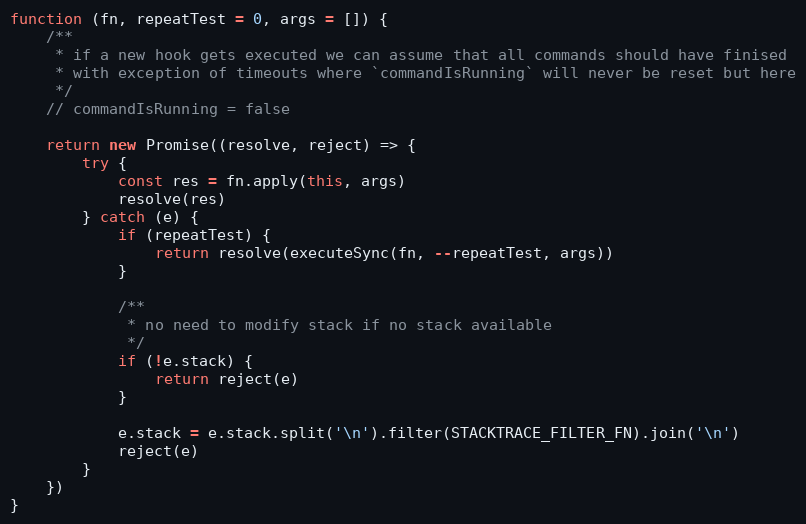
Language: JavaScript
function (fn, repeatTest = 0, args = []) {
    /**
     * if a new hook gets executed we can assume that all commands should have finised
     * with exception of timeouts where `commandIsRunning` will never be reset but here
     */
    // commandIsRunning = false

    return new Promise((resolve, reject) => {
        try {
            const res = fn.apply(this, args)
            resolve(res)
        } catch (e) {
            if (repeatTest) {
                return resolve(executeSync(fn, --repeatTest, args))
            }

            /**
             * no need to modify stack if no stack available
             */
            if (!e.stack) {
                return reject(e)
            }

            e.stack = e.stack.split('\n').filter(STACKTRACE_FILTER_FN).join('\n')
            reject(e)
        }
    })
}